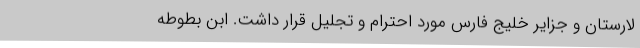
لارستان و جزایر خلیج فارس مورد احترام و تجلیل قرار داشت. ابن بطوطه